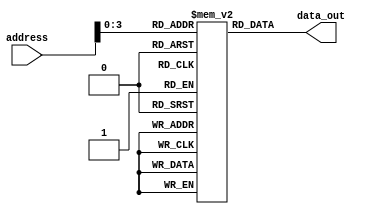
module rom (
    address,      // Input: Memory address for read operation
    data_out      // Output: Data retrieved from ROM
);

parameter WIDTH = 8;  // Data width of each memory location
parameter DEPTH = 16; // Total number of memory locations

input [WIDTH-1:0] address;
output reg [WIDTH-1:0] data_out;

reg [WIDTH-1:0] memory [0:DEPTH-1]; // Declare memory array

// Initialize memory with fixed data sets or lookup tables
initial begin
    memory[0] = 8'b00000001;
    memory[1] = 8'b00000010;
    memory[2] = 8'b00000011;
    // Add more memory initializations as needed
end

// Read operation
always @* begin
    data_out = memory[address];
end

endmodule